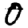
Digit: 0